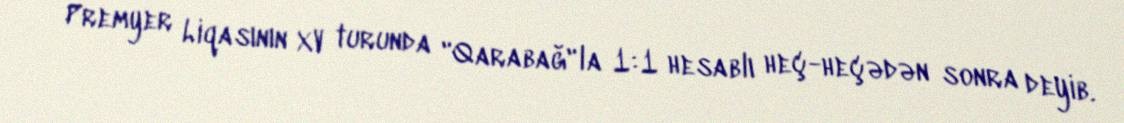
Premyer Liqasının XV turunda "Qarabağ"la 1:1 hesablı heç-heçədən sonra deyib.